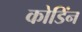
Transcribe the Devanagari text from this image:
कोडिंन